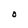
Character: O